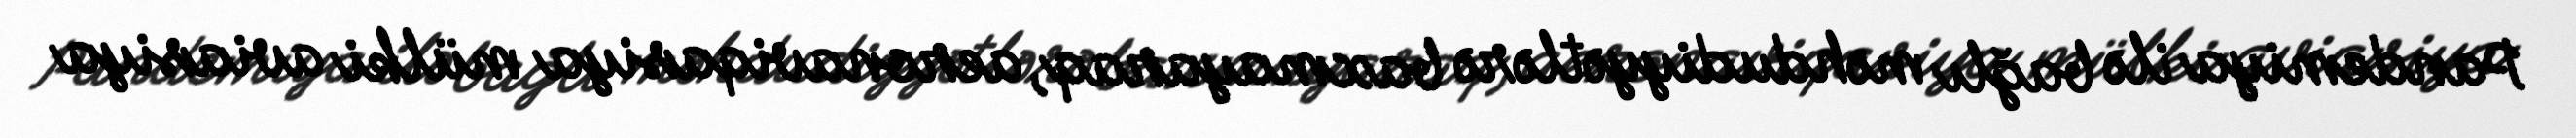
Pandemiya ilə bağlı məhdudiyyətlərə baxmayaraq, aeronaviqasiya mülki aviasiya